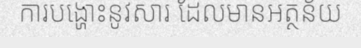
ការបង្ហោះនូវសារ ដែលមានអត្ថន័យ